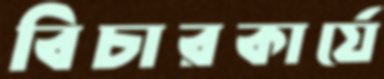
বিচারকার্যে